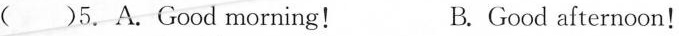
( )5. A. Good morning! B.Good afternoon!